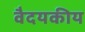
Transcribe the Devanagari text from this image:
वैदयकीय